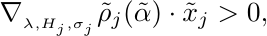
\begin{equation*}
	\nabla_{_{\lambda,H_j,\sigma_j}}\tilde\rho_j(\tilde\alpha)\cdot\tilde x_j>0,
\end{equation*}